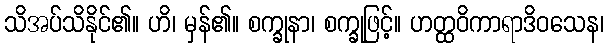
သိအပ်သိနိုင်၏။ ဟိ၊ မှန်၏။ စက္ခုနာ၊ စက္ခုဖြင့်။ ဟတ္ထဝိကာရာဒိဝသေန၊